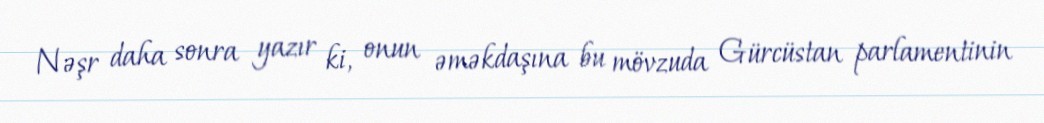
Nəşr daha sonra yazır ki, onun əməkdaşına bu mövzuda Gürcüstan parlamentinin